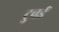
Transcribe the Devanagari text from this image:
टुवर्ड